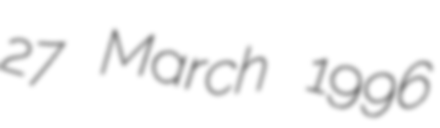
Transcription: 27 March 1996